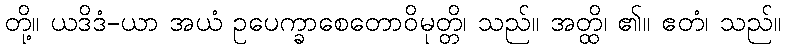
တို့။ ယဒိဒံ-ယာ အယံ ဥပေက္ခာစေတောဝိမုတ္တိ၊ သည်။ အတ္ထိ၊ ၏။ ဧတံ၊ သည်။